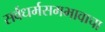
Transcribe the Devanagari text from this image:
सर्वधर्मसमभावाचा